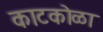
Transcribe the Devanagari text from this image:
काटकोळा